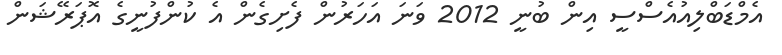
އެމްޑަބްލިއުއެސްސީ އިން ބުނީ 2012 ވަނަ އަހަރުން ފެށިގެން އެ ކުންފުނީގެ އޮޕަރޭޝަން